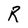
Character: R